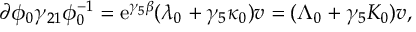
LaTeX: \partial \phi _ { 0 } \gamma _ { 2 1 } \phi _ { 0 } ^ { - 1 } = \mathrm { e } ^ { \gamma _ { 5 } \beta } ( \lambda _ { 0 } + \gamma _ { 5 } \kappa _ { 0 } ) v = ( \Lambda _ { 0 } + \gamma _ { 5 } K _ { 0 } ) v ,